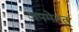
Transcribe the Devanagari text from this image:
जपमेतत्